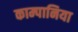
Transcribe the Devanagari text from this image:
काम्पानिया